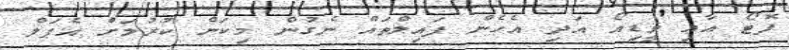
ފޮޓޯ އާއި ވީޑިއޯ އަދި އެހެން ފައިލްތައް ނެގުން މިކަން ކުރުމަށް އެޕަލް